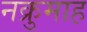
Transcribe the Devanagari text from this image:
नक्रुमाह